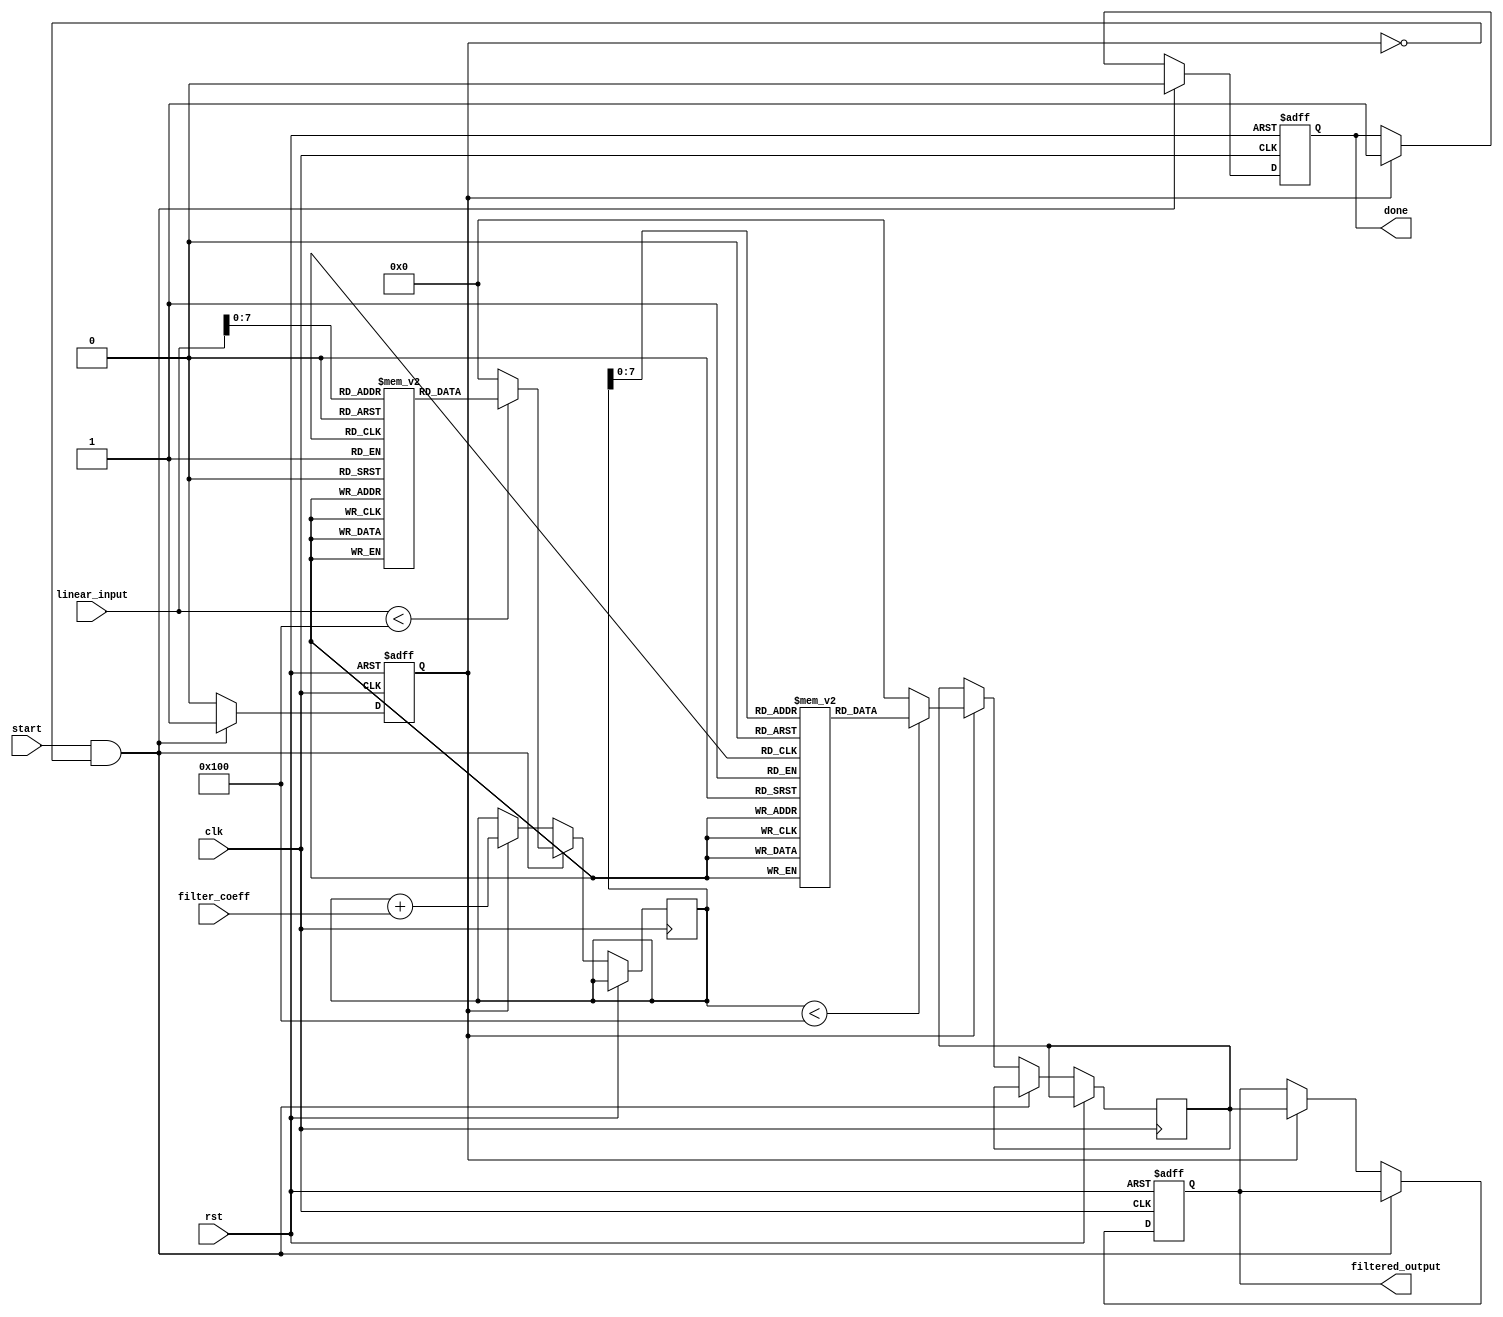
module logarithmic_filter #(
    parameter N = 16,            // Bit-width for input and output
    parameter LUT_SIZE = 256     // Size of the LUT for logarithmic conversion
)(
    input wire clk,
    input wire rst,
    input wire start,
    input wire [N-1:0] linear_input,
    input wire [N-1:0] filter_coeff, // Coefficients for the filtering process
    output reg [N-1:0] filtered_output,
    output reg done
);

    // Internal signals
    reg [N-1:0] log_output;
    reg [N-1:0] exp_output;
    reg processing;
    
    // Look-up table for logarithmic conversion
    reg [N-1:0] log_lut [0:LUT_SIZE-1];
    
    // Look-up table for exponential conversion
    reg [N-1:0] exp_lut [0:LUT_SIZE-1];

    // Initialization of LUTs (in a real implementation, this may be filled with actual values)
    initial begin
        // Populate log_lut with logarithmic values
        // Populate exp_lut with exponential values
        // (Omitted for brevity, should be filled with actual values)
    end

    // Logarithmic conversion
    function [N-1:0] log_conversion(input [N-1:0] x);
        begin
            if (x < LUT_SIZE)
                log_conversion = log_lut[x];
            else
                log_conversion = {N{1'b0}}; // Handle out-of-range
        end
    endfunction

    // Exponential conversion
    function [N-1:0] exp_conversion(input [N-1:0] x);
        begin
            if (x < LUT_SIZE)
                exp_conversion = exp_lut[x];
            else
                exp_conversion = {N{1'b0}}; // Handle out-of-range
        end
    endfunction

    // State Machine
    always @(posedge clk or posedge rst) begin
        if (rst) begin
            processing <= 1'b0;
            done <= 1'b0;
            filtered_output <= {N{1'b0}};
        end else if (start && !processing) begin
            processing <= 1'b1;
            done <= 1'b0;

            // Convert to logarithmic domain
            log_output <= log_conversion(linear_input);
        end else if (processing) begin
            // Perform filtering operation (example: addition with coefficient)
            log_output <= log_output + filter_coeff;

            // Convert back to linear domain
            exp_output <= exp_conversion(log_output);

            // Set the output and done signal
            filtered_output <= exp_output;
            done <= 1'b1;
            processing <= 1'b0;
        end
    end
endmodule